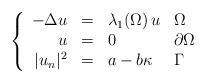
\begin{align*} \left\{\begin{array}{r c l l} -\Delta u & = & \lambda_1(\Omega)\,u & \Omega \\ u & = & 0 & \partial \Omega \\ |u_n|^2 & = & a-b\kappa & \Gamma \end{array}\right. \end{align*}